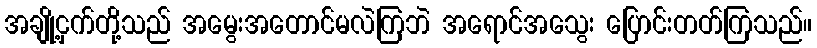
အချို့ငှက်တို့သည် အမွေးအတောင်မလဲကြဘဲ အရောင်အသွေး ပြောင်းတတ်ကြသည်။